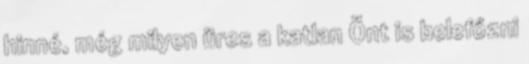
hinné, még milyen üres a katlan Önt is belefőzni